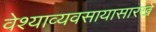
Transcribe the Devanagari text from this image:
वेश्याव्यवसायासारखे